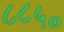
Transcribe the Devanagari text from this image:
८८५०